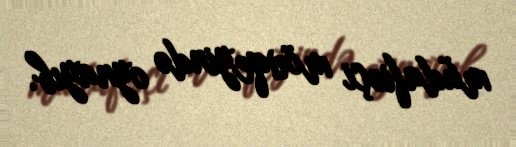
müdafiəçi mövqeyində oynayıb.